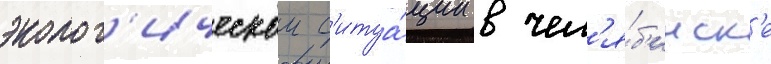
эколог'ическои с'итуа́ции в чел'я́б'инск'е